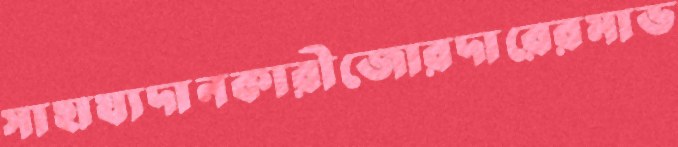
সাহায্যদানকারীজোরদারেরমাভ